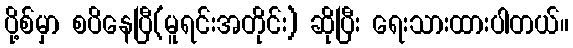
ပို့စ်မှာ စပိနေပြီ(မူရင်းအတိုင်း) ဆိုပြီး ရေးသားထားပါတယ်။